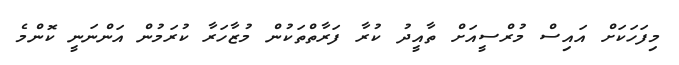
މިފަހަކަށް އައިސް މުރްސީއަށް ތާއީދު ކުރާ ފަރާތްތަކުން މުޒާހަރާ ކުރަމުން އަންނަނީ ކޮންމެ